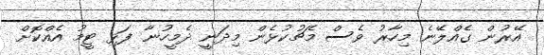
އޭރުން ގެއްލޭނެ މިހާރު ވެސް މެޗުކުޅެން މިދަނީ ދެމީހުނާ ފަޅި ޓީމު އެއްކޮށް